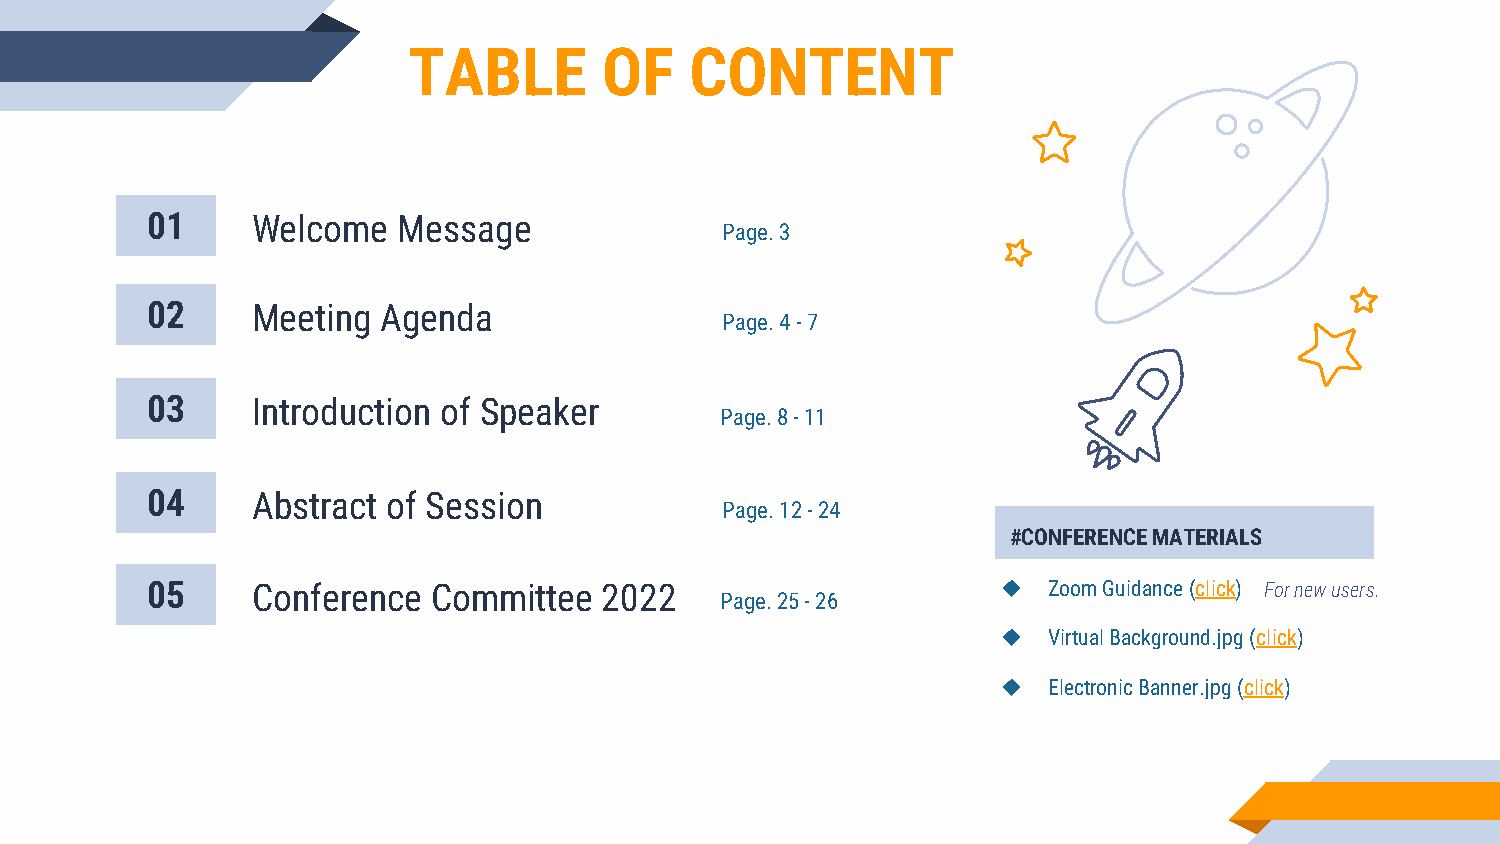
TABLE        OF    CONTENT
 01     Welcome  Message
 Page. 3
 02     Meeting Agenda
 Page. 4 -7
 03     Introduction of Speaker
 Page. 8 -11
 04     Abstract of Session
 Page. 12 -24
 #CONFERENCE MATERIALS
 05     Conference  Committee  2022                      ◆  Zoom Guidance (click) For new users.
 Page. 25 -26
 ◆  Virtual Background.jpg (click)
 ◆  Electronic Banner.jpg (click)